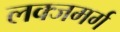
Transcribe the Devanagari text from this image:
लक्जमर्ग